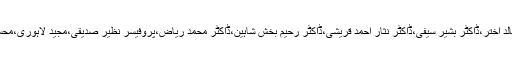
ان میں کرنل محمد خان،بریگیڈئیر صدیق سالک،محمد اسما عیل صدیقی،نذیر احمد شیخ،محمد خالد اختر،ڈاکٹر بشیر سیفی،ڈاکٹر نثار احمد قریشی،ڈاکٹر رحیم بخش شاہین،ڈاکٹر محمد ریاض،پروفیسر نظیر صدیقی،مجید لاہوری،محسن احسان،خاطر غزنوی،غفار بابر،سید جعفر طاہر اور محمود اختر سعید کے نام قابل ذکر ہیں۔